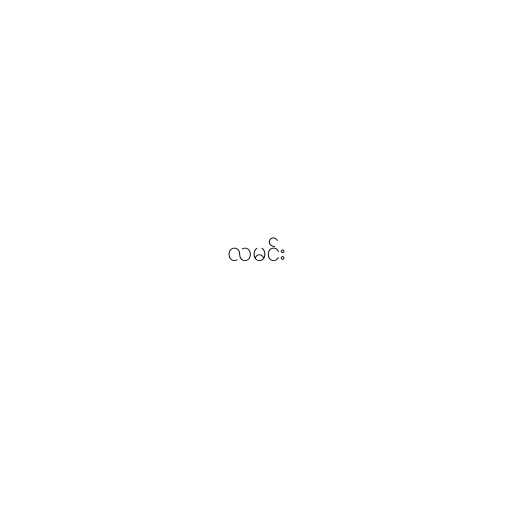
လမင်း